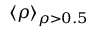
\langle \rho \rangle _ { \rho > 0 . 5 }